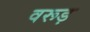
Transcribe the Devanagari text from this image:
वरूड़